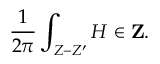
{ \frac { 1 } { 2 \pi } } \int _ { Z - Z ^ { \prime } } H \in { \bf Z } .